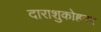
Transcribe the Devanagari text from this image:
दाराशुकोहवर